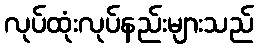
လုပ်ထုံးလုပ်နည်းများသည်